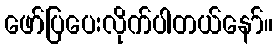
ဖော်ပြပေးလိုက်ပါတယ်နော်။